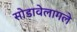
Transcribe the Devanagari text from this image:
सोडावेलागले